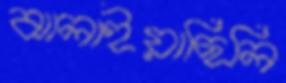
ঝালাইয়াছিলি